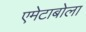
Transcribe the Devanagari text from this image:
एमेटाबोला